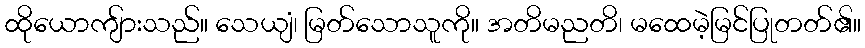
ထိုယောကျ်ားသည်။ သေယျံ၊ မြတ်သောသူကို။ အတိမညတိ၊ မထေမဲ့မြင်ပြုတတ်၏။